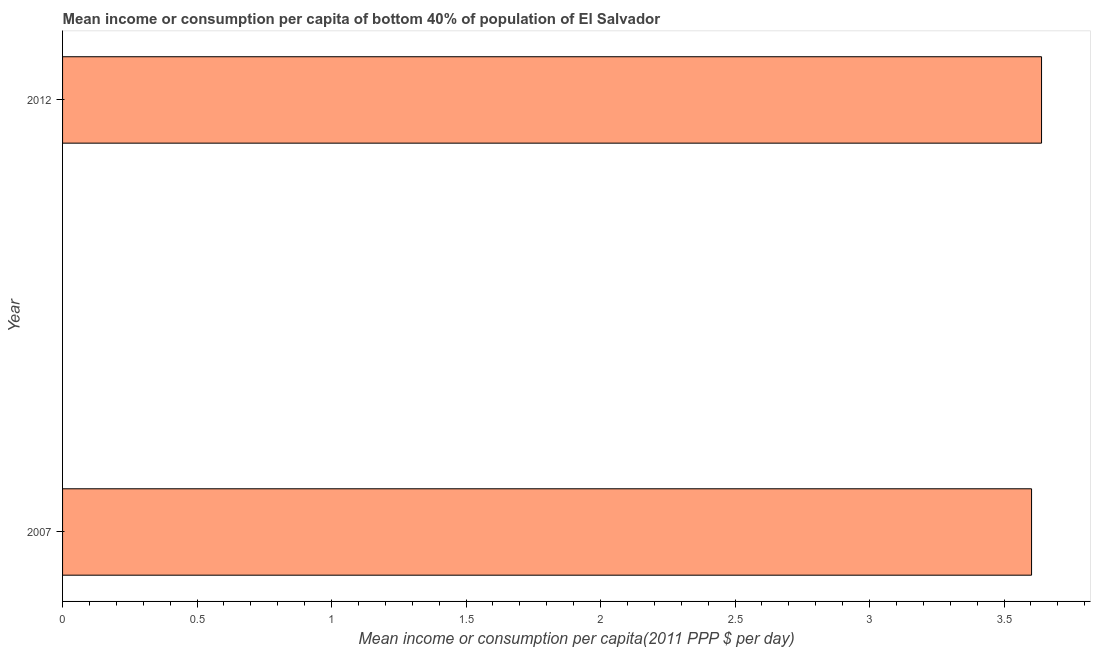
| Year | Bottom 40percent |
 | --- | --- |
 | 2007 | 3.6 |
 | 2012 | 3.64 |